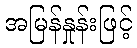
အမြန်နှုန်းဖြင့်